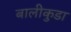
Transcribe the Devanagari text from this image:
बालीकुडा